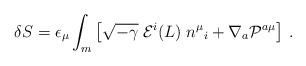
LaTeX: \begin{align*}\delta S = \epsilon_{\mu}\int_m \left[ \sqrt{-\gamma} \; {\cal E}^i (L) \; n^\mu{}_i+ \nabla_a {\cal P}^{a\mu}\right]\,.\end{align*}